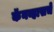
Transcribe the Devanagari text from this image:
कॅनव्हासचे